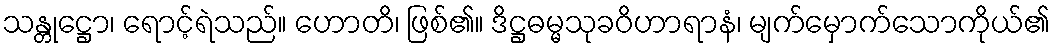
သန္တုဋ္ဌော၊ ရောင့်ရဲသည်။ ဟောတိ၊ ဖြစ်၏။ ဒိဋ္ဌဓမ္မသုခဝိဟာရာနံ၊ မျက်မှောက်သောကိုယ်၏